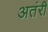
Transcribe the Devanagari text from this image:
अतंरीं